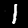
Digit: 1